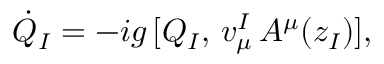
\dot { Q } _ { I } = - i g \, [ Q _ { I } , \, v _ { \mu } ^ { I } \, A ^ { \mu } ( z _ { I } ) ] ,